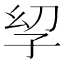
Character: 𫲣